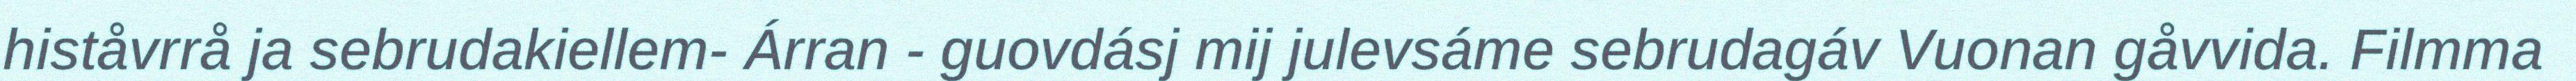
histåvrrå ja sebrudakiellem- Árran - guovdásj mij julevsáme sebrudagáv Vuonan gåvvida. Filmma